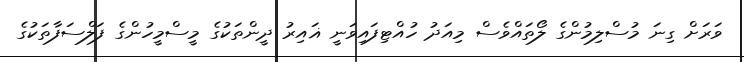
ވަރަށް ގިނަ މުސްލިމުންގެ ލޯތައްވެސް މިއަދު ހުއްޓިފައިވަނީ ޣައިރު ދީންތަކުގެ މީސްމީހުންގެ ފަލްސަފާތަކުގެ